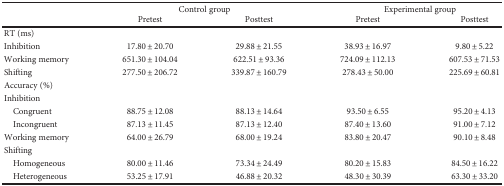
<table><thead><tr><td rowspan="2"></td><td colspan="2"><b>Control group</b></td><td colspan="2"><b>Experimental group</b></td></tr><tr><td><b>Pretest</b></td><td><b>Posttest</b></td><td><b>Pretest</b></td><td><b>Posttest</b></td></tr></thead><tbody><tr><td>RT (ms)</td><td></td><td></td><td></td><td></td></tr><tr><td>Inhibition</td><td>17.80 ± 20.70</td><td>29.88 ± 21.55</td><td>38.93 ± 16.97</td><td>9.80 ± 5.22</td></tr><tr><td>Working memory</td><td>651.30 ± 104.04</td><td>622.51 ± 93.36</td><td>724.09 ± 112.13</td><td>607.53 ± 71.53</td></tr><tr><td>Shifting</td><td>277.50 ± 206.72</td><td>339.87 ± 160.79</td><td>278.43 ± 50.00</td><td>225.69 ± 60.81</td></tr><tr><td>Accuracy (%)</td><td></td><td></td><td></td><td></td></tr><tr><td>Inhibition</td><td></td><td></td><td></td><td></td></tr><tr><td> Congruent</td><td>88.75 ± 12.08</td><td>88.13 ± 14.64</td><td>93.50 ± 6.55</td><td>95.20 ± 4.13</td></tr><tr><td> Incongruent</td><td>87.13 ± 11.45</td><td>87.13 ± 12.40</td><td>87.40 ± 13.60</td><td>91.00 ± 7.12</td></tr><tr><td>Working memory</td><td>64.00 ± 26.79</td><td>68.00 ± 19.24</td><td>83.80 ± 20.47</td><td>90.10 ± 8.48</td></tr><tr><td>Shifting</td><td></td><td></td><td></td><td></td></tr><tr><td> Homogeneous</td><td>80.00 ± 11.46</td><td>73.34 ± 24.49</td><td>80.20 ± 15.83</td><td>84.50 ± 16.22</td></tr><tr><td> Heterogeneous</td><td>53.25 ± 17.91</td><td>46.88 ± 20.32</td><td>48.30 ± 30.39</td><td>63.30 ± 33.20</td></tr></tbody></table>